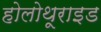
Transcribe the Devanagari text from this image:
होलोथूराइड